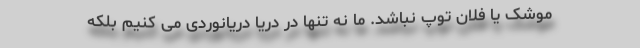
موشک یا فلان توپ نباشد. ما نه تنها در دریا دریانوردی می کنیم بلکه